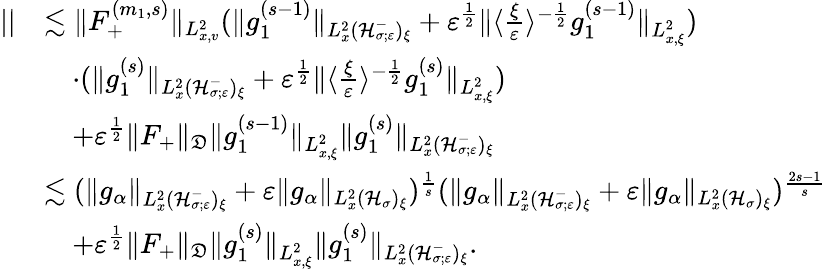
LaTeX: \begin{array}{rl}{||}&{\lesssim\| F_{+}^{(m_{1},s)}\| _{L_{x,v}^{2}}(\| g_{1}^{(s-1)}\| _{L_{x}^{2}(\mathcal H_{\sigma;\varepsilon}^{-})_{\xi}}+\varepsilon^{\frac{1}{2}}\| \langle\frac{\xi}{\varepsilon}\rangle^{-\frac{1}{2}}g_{1}^{(s-1)}\| _{L_{x,\xi}^{2}})}\\ &{\quad\cdot(\| g_{1}^{(s)}\| _{L_{x}^{2}(\mathcal H_{\sigma;\varepsilon}^{-})_{\xi}}+\varepsilon^{\frac{1}{2}}\| \langle\frac{\xi}{\varepsilon}\rangle^{-\frac{1}{2}}g_{1}^{(s)}\| _{L_{x,\xi}^{2}})}\\ &{\quad+\varepsilon^{\frac{1}{2}}\| F_{+}\| _{\mathfrak D}\| g_{1}^{(s-1)}\| _{L_{x,\xi}^{2}}\| g_{1}^{(s)}\| _{L_{x}^{2}(\mathcal H_{\sigma;\varepsilon}^{-})_{\xi}}}\\ &{\lesssim(\| g_{\alpha}\| _{L_{x}^{2}(\mathcal H_{\sigma;\varepsilon}^{-})_{\xi}}+\varepsilon\| g_{\alpha}\| _{L_{x}^{2}(\mathcal H_{\sigma})_{\xi}})^{\frac{1}{s}}(\| g_{\alpha}\| _{L_{x}^{2}(\mathcal H_{\sigma;\varepsilon}^{-})_{\xi}}+\varepsilon\| g_{\alpha}\| _{L_{x}^{2}(\mathcal H_{\sigma})_{\xi}})^{\frac{2s-1}{s}}}\\ &{\quad+\varepsilon^{\frac{1}{2}}\| F_{+}\| _{\mathfrak D}\| g_{1}^{(s)}\| _{L_{x,\xi}^{2}}\| g_{1}^{(s)}\| _{L_{x}^{2}(\mathcal H_{\sigma;\varepsilon}^{-})_{\xi}}.}\end{array}